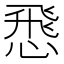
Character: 𢝵